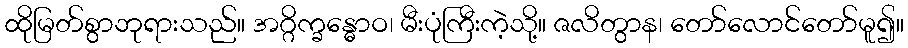
ထိုမြတ်စွာဘုရားသည်။ အဂ္ဂိက္ခန္ဓောဝ၊ မီးပုံကြီးကဲ့သို့။ ဇလိတွာန၊ တော်လောင်တော်မူ၍။